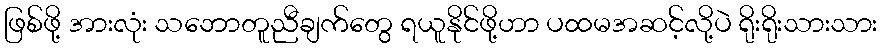
ဖြစ်ဖို့ အားလုံး သဘောတူညီချက်တွေ ရယူနိုင်ဖို့ဟာ ပထမအဆင့်လို့ပဲ ရိုးရိုးသားသား